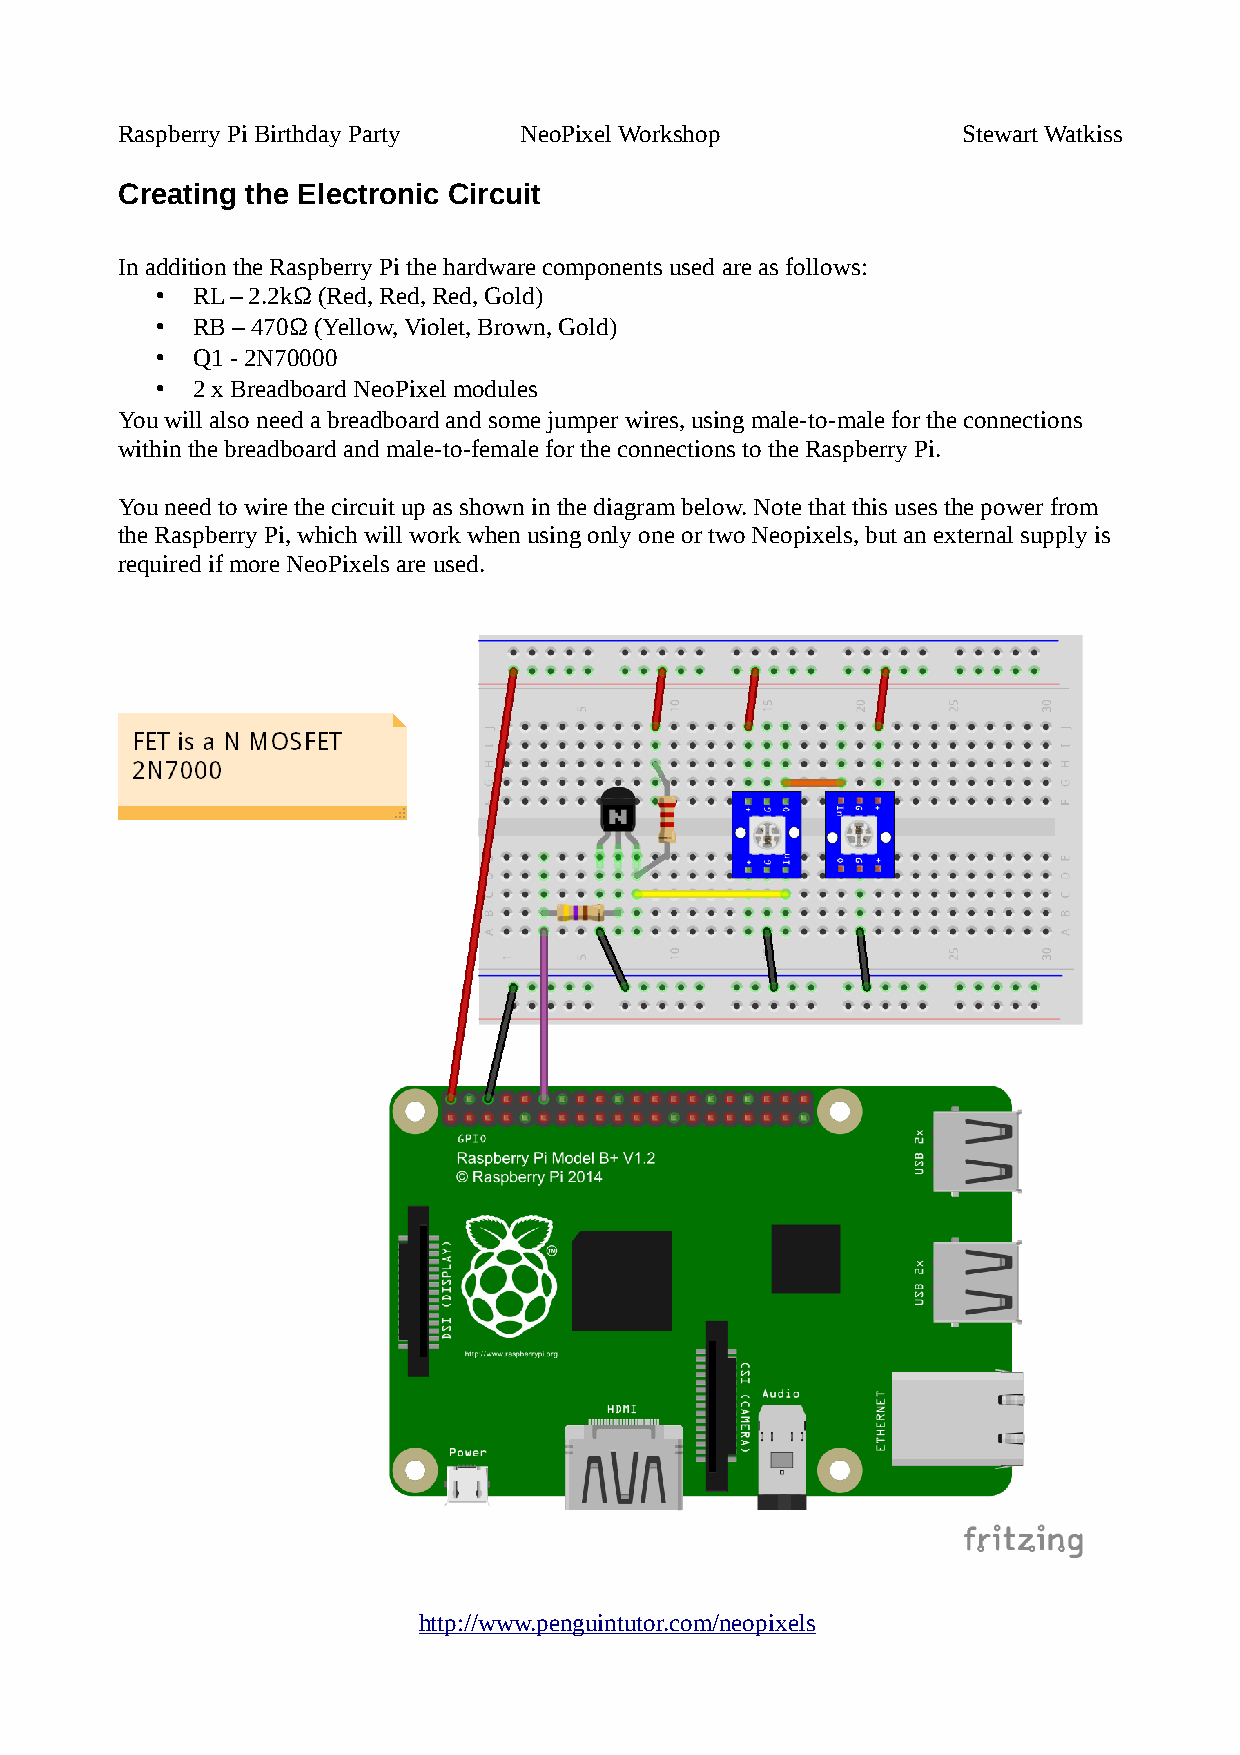
Raspberry Pi Birthday Party NeoPixel Workshop           Stewart Watkiss
 Creating the Electronic Circuit
 In addition the Raspberry Pi the hardware components used are as follows:
 •  RL – 2.2kΩ (Red, Red, Red, Gold)
 •  RB – 470Ω (Yellow, Violet, Brown, Gold)
 •  Q1 - 2N70000
 •  2 x Breadboard NeoPixel modules
 You will also need a breadboard and some jumper wires, using male-to-male for the connections
 within the breadboard and male-to-female for the connections to the Raspberry Pi.
 You need to wire the circuit up as shown in the diagram below. Note that this uses the power from
 the Raspberry Pi, which will work when using only one or two Neopixels, but an external supply is
 required if more NeoPixels are used.
 http://www.penguintutor.com/neopixels